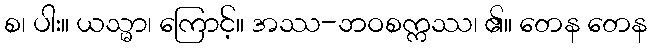
စ၊ ပါး။ ယသ္မာ၊ ကြောင့်။ အဿ-ဘဝစက္ကဿ၊ ၏။ တေန တေန